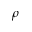
\rho